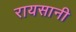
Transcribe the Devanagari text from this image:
रायसानी